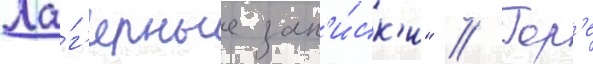
Ла́г'ерные зап'и́ск'и" // Гор'е